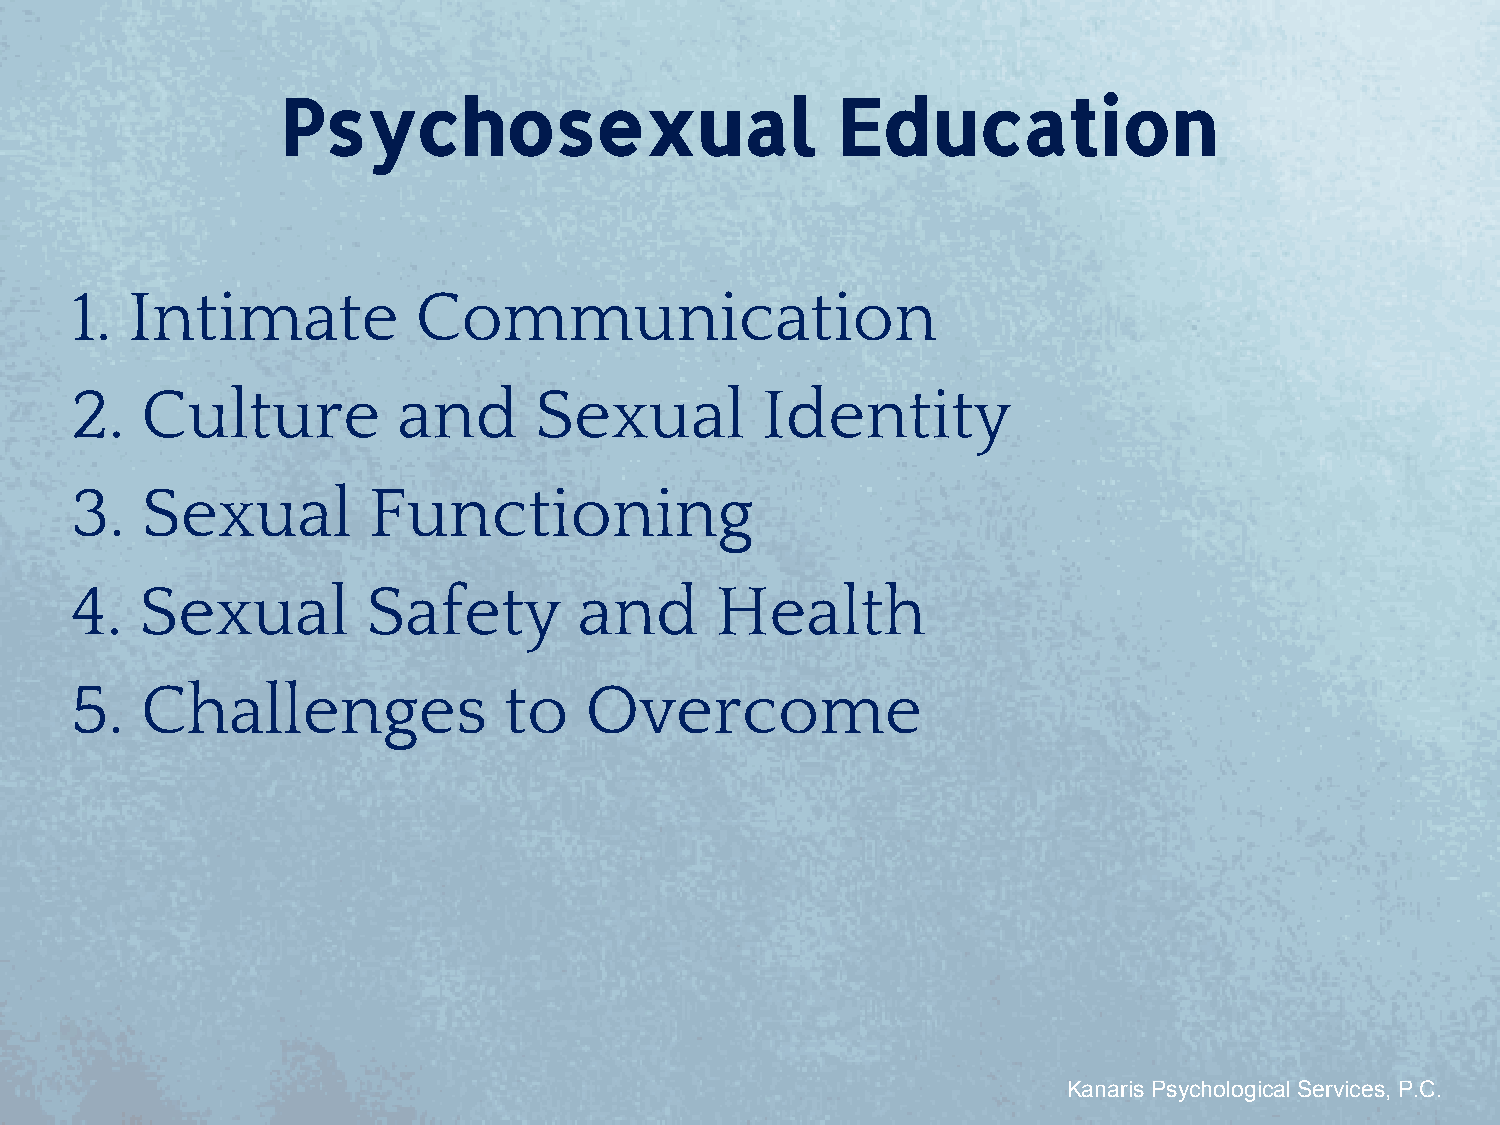
Psychosexual                        Education
 1. Intimate            Communication
 2.  Culture          and      Sexual         Identity
 3.  Sexual         Functioning
 4.  Sexual         Safety        and      Health
 5.  Challenges              to    Overcome
 Kanaris Psychological Services, P.C.